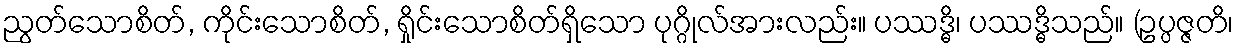
ညွတ်သောစိတ်, ကိုင်းသောစိတ်, ရှိုင်းသောစိတ်ရှိသော ပုဂ္ဂိုလ်အားလည်း။ ပဿဒ္ဓိ၊ ပဿဒ္ဓိသည်။ (ဥပ္ပဇ္ဇတိ၊